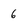
Character: 6